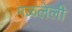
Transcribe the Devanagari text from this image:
गळलेली